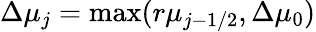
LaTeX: \Delta\mu_{j}=\mathrm{max}(r\mu_{j-1/2},\Delta\mu_{0})